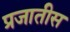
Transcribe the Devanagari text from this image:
प्रजातीस